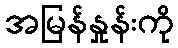
အမြန်နှုန်းကို